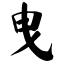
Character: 曳